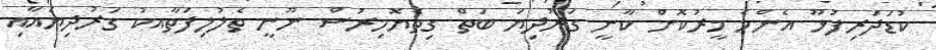
ކުޑަދަރިފުޅޫޫ އެންމެ މީރުކޮށް ކާނީ ގަރުދިޔަ ބަތް ގިތެޔޮމިރުސް ނޫނީ ތެެލުލިފަތާއކު ގަރުދިޔައާއި